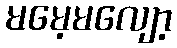
မမေ့မလျော့